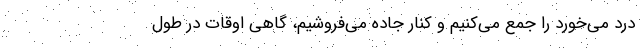
درد می‌خورد را جمع می‌کنیم و کنار جاده می‌فروشیم، گاهی اوقات در طول